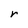
Character: r